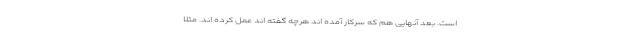
است. بعد آنهایی هم که سرکار آمده اند هرچه گفته اند عمل کرده اند. مثلا